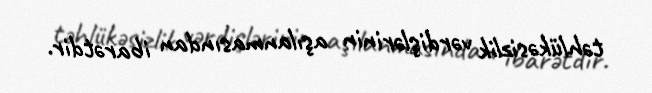
təhlükəsizlik vərdişlərinin aşılanmasından ibarətdir.